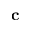
\mathbf { c }